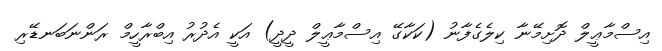
އިސްމާޢީލް ދޮށިމޭނާ ކިލެގެފާނު (ކަކާގޭ އިސްމާޢީލް ދީދީ) އަކީ އެދުރު އިބްރާހީމް ރަންނަބަނޑޭރި